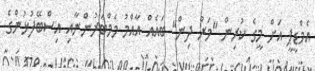
އެމްޑީޕީ އަށް މީގެ ކުރިން "މަރު ދިން" ބައެއް އާއްމު މެމްބަރުންނާއި އިސްބޭފުޅުންގެ